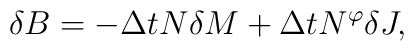
\delta B = - \Delta t N \delta M	    + \Delta t N^{\varphi} \delta J,